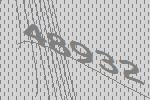
48932